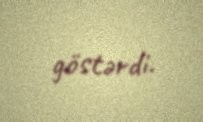
göstərdi.